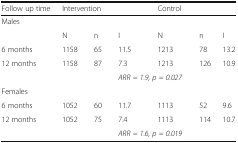
<table><thead><tr><td><b>Follow up time</b></td><td colspan="2"><b>Intervention</b></td><td></td><td colspan="2"><b>Control</b></td><td></td></tr></thead><tbody><tr><td colspan="7">Males</td></tr><tr><td></td><td>N</td><td>n</td><td>I</td><td>N</td><td>n</td><td>I</td></tr><tr><td>6 months</td><td>1158</td><td>65</td><td>11.5</td><td>1213</td><td>78</td><td>13.2</td></tr><tr><td>12 months</td><td>1158</td><td>87</td><td>7.3</td><td>1213</td><td>126</td><td>10.9</td></tr><tr><td></td><td></td><td></td><td colspan="2"><i>ARR = 1.9, p = 0.027</i></td><td></td><td></td></tr><tr><td colspan="7">Females</td></tr><tr><td>6 months</td><td>1052</td><td>60</td><td>11.7</td><td>1113</td><td>52</td><td>9.6</td></tr><tr><td>12 months</td><td>1052</td><td>75</td><td>7.4</td><td>1113</td><td>114</td><td>10.7</td></tr><tr><td></td><td></td><td></td><td colspan="2"><i>ARR = 1.6, p = 0.019</i></td><td></td><td></td></tr></tbody></table>